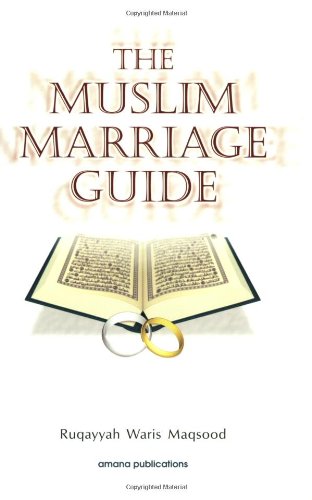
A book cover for The Muslim Marriage Guide; Ruqayyah Waris Maqsood; Religion & Spirituality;